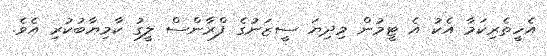
އެހީތެރިކަމާ އެކު އެ ޓީމުން މިދިޔަ ސީޒަނުގެ ފްރާންސް ލީގު ކާމިޔާބުކުރި އެވެ.